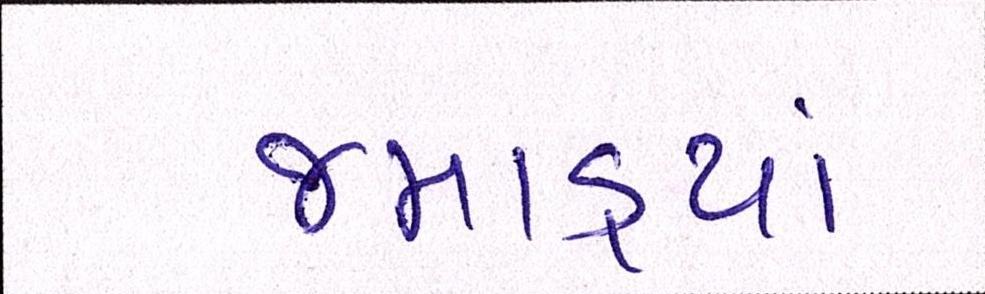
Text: જમાડ્યાં